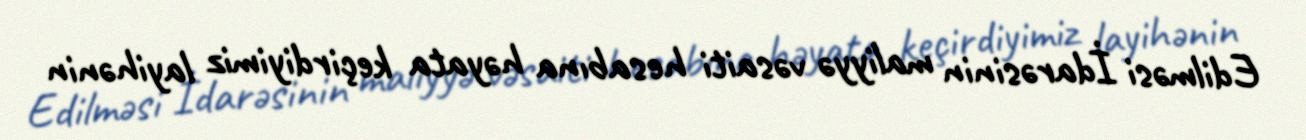
Edilməsi İdarəsinin maliyyə vəsaiti hesabına həyata keçirdiyimiz layihənin